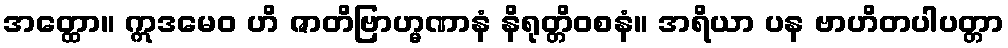
အတ္ထော။ ဣဒမေဝ ဟိ ဇာတိဗြာဟ္မဏာနံ နိရုတ္တိဝစနံ။ အရိယာ ပန ဗာဟိတပါပတ္တာ